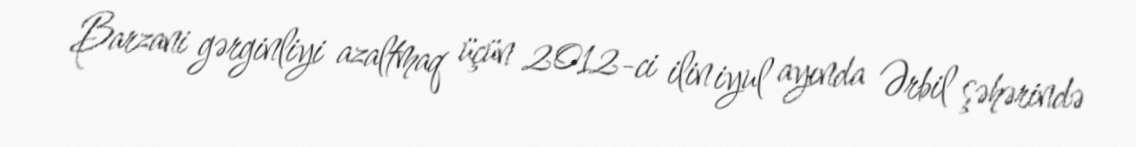
Barzani gərginliyi azaltmaq üçün 2012-ci ilin iyul ayında Ərbil şəhərində